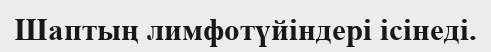
Шаптың лимфотүйіндері ісінеді.